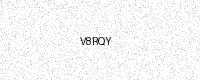
Text: V8RQY